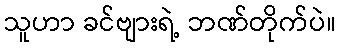
သူဟာ ခင်ဗျားရဲ့ ဘဏ်တိုက်ပဲ။